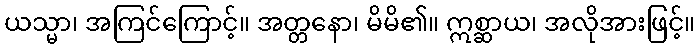
ယသ္မာ၊ အကြင်ကြောင့်။ အတ္တနော၊ မိမိ၏။ ဣစ္ဆာယ၊ အလိုအားဖြင့်။